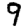
Digit: 9